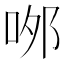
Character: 𠲄